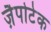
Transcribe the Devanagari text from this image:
ज़ैपोटेक